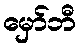
မှော်ဘီ